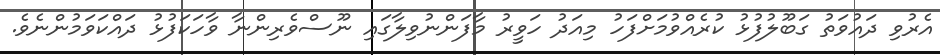
އެރުވި ދައުވަތު ގަބޫލުފުޅު ކުރެއްވުމަށްފަހު މިއަދު ހަވީރު މާފަންނުވިލާގައި ނޫސްވެރިންނާ ވާހަކަފުޅު ދައްކަވަމުންނެވެ.